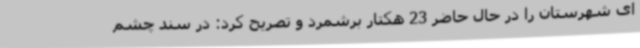
ای شهرستان را در حال حاضر 23 هکتار برشمرد و تصریح کرد: در سند چشم